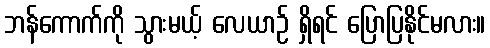
ဘန်ကောက်ကို သွားမယ့် လေယာဉ် ရှိရင် ပြောပြနိုင်မလား။